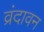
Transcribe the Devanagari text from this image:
व्रंदावन